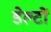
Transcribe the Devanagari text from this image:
डेल्टों